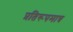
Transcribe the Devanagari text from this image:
प्रतिरूपमात्र